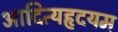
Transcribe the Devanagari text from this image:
आदित्यहृदयम